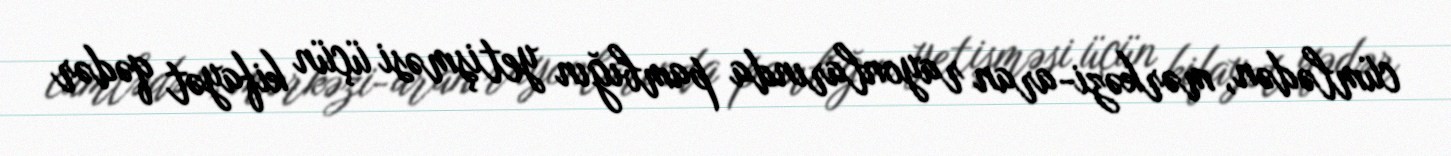
cümlədən, mərkəzi-aran rayonlarında pambığın yetişməsi üçün kifayət qədər